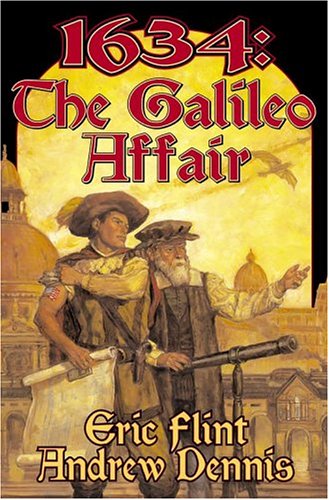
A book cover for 1634: The Galileo Affair (The Ring of Fire); Eric Flint; Science Fiction & Fantasy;